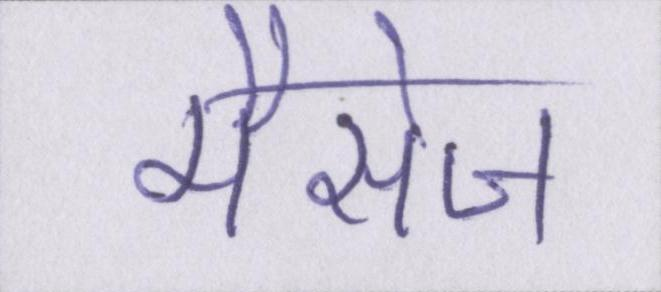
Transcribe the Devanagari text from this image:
मैसेज